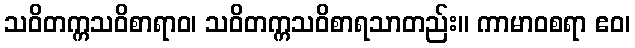
သဝိတက္ကသဝိစာရာဝ၊ သဝိတက္ကသဝိစာရသာတည်း။ ကာမာဝစရာ ဧဝ၊